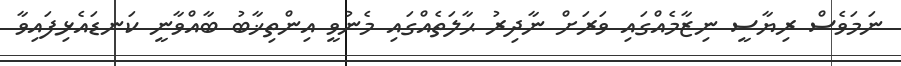
ނަމަވެސް ރިޔާސީ ނިޒާމެއްގައި ވަރަށް ނާދިރު ޙާލަތެއްގައި މެނުވީ އިންތިޚާބު ބާއްވާނީ ކަނޑައެޅިފައިވާ